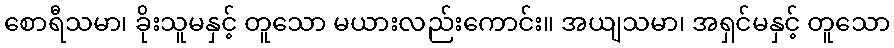
စောရီသမာ၊ ခိုးသူမနှင့် တူသော မယားလည်းကောင်း။ အယျသမာ၊ အရှင်မနှင့် တူသော